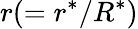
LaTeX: r(=r^{*}/R^{*})